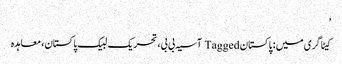
’
کیٹاگری میں : پاکستان Tagged آسیہ بی بی، تحریک لبیک پاکستان، معاہدہ